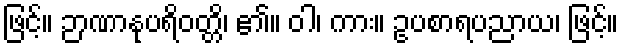
ဖြင့်။ ဉာဏာနုပရိဝတ္တိ၊ ၏။ ဝါ၊ ကား။ ဥပစာရပညာယ၊ ဖြင့်။